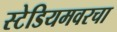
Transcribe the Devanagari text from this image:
स्टेडियमवरचा